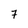
Character: 7